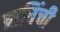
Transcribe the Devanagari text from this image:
ऋषिंची